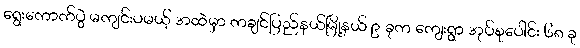
ရွေးကောက်ပွဲ မကျင်းပမယ့် အထဲမှာ ကချင်ပြည်နယ်မြို့နယ် ၉ ခုက ကျေးရွာ အုပ်စုပေါင်း ၆၈ ခု